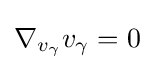
\nabla _{v_{\gamma }}v_{\gamma }=0